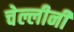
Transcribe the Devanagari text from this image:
चेल्लीनी